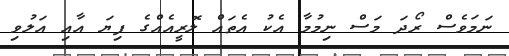
ނަމަވެސް ރޯދަ މަސް ނިމުމާ އެކު އެތައް ލޮރީއެއްގެ ފިޔަ އާއި އަލުވި